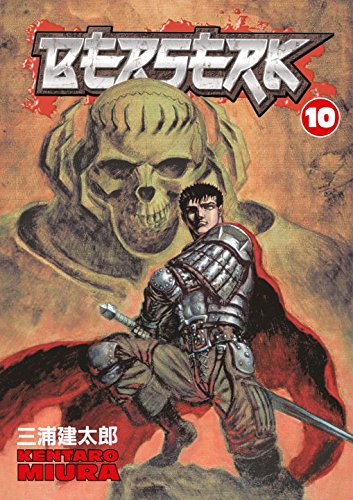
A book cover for Berserk, Vol. 10; Kentaro Miura; Comics & Graphic Novels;